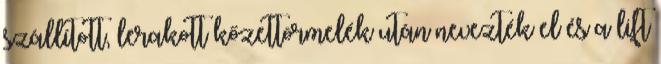
szállított, lerakott kőzettörmelék után nevezték el és a lift